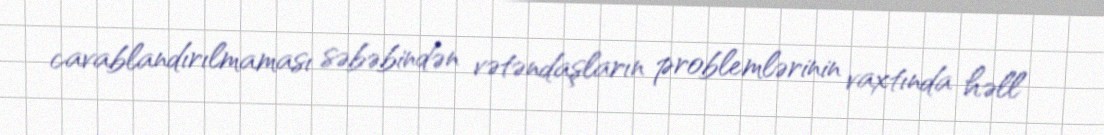
cavablandırılmaması səbəbindən vətəndaşların problemlərinin vaxtında həll